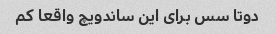
دوتا سس برای این ساندویچ واقعا کم